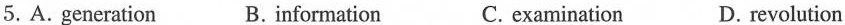
5. A. generation B. information C. examination D. revolution